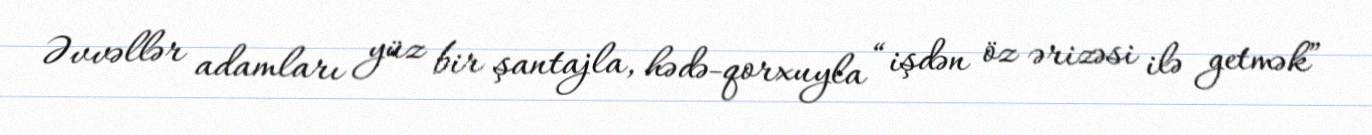
Əvvəllər adamları yüz bir şantajla, hədə-qorxuyla “işdən öz ərizəsi ilə getmək”